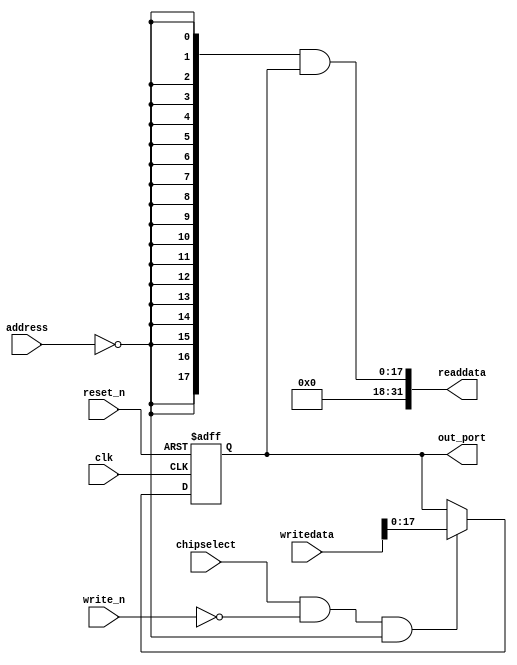
module led_red (
                 // inputs:
                  address,
                  chipselect,
                  clk,
                  reset_n,
                  write_n,
                  writedata,

                 // outputs:
                  out_port,
                  readdata
               )
;

  output  [ 17: 0] out_port;
  output  [ 31: 0] readdata;
  input   [  1: 0] address;
  input            chipselect;
  input            clk;
  input            reset_n;
  input            write_n;
  input   [ 31: 0] writedata;

  wire             clk_en;
  reg     [ 17: 0] data_out;
  wire    [ 17: 0] out_port;
  wire    [ 17: 0] read_mux_out;
  wire    [ 31: 0] readdata;
  assign clk_en = 1;
  //s1, which is an e_avalon_slave
  assign read_mux_out = {18 {(address == 0)}} & data_out;
  always @(posedge clk or negedge reset_n)
    begin
      if (reset_n == 0)
          data_out <= 0;
      else if (chipselect && ~write_n && (address == 0))
          data_out <= writedata[17 : 0];
    end


  assign readdata = {{{32- 18}{1'b0}},read_mux_out};
  assign out_port = data_out;

endmodule